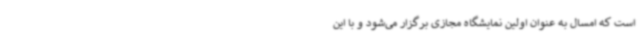
است که امسال به عنوان اولین نمایشگاه مجازی برگزار می‌شود و با این